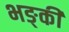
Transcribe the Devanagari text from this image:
भङ्कीं